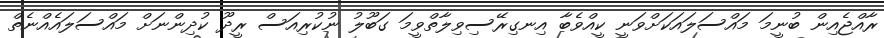
ރާއްޖެއިން ބުނީމަ މައްސަލައަކަށްވަނީ ކީއްވެބާ އިނގިރޭސިވިލާތްވީމަ ގަބޫލު ނުކުރިއަސް ރީދޫ ކުދިންނަށް މައްސަލައެއްނެތް